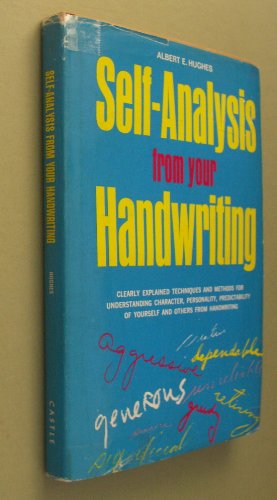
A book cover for Self-analysis from your handwriting; Albert E Hughes; Self-Help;